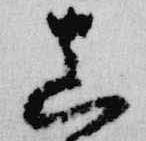
真